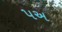
૫અ